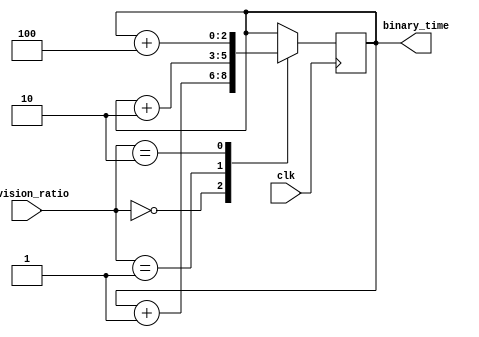
module binary_clock_divider (
    input wire clk,  // Clock input
    input wire [2:0] division_ratio,  // Input settings for division ratio
    output wire [2:0] binary_time  // Output to display binary representation of time
);

reg [2:0] counter;

always @ (posedge clk) begin
    case(division_ratio)
        3'b000: counter <= counter + 1;  // Divide by 2
        3'b001: counter <= counter + 2;  // Divide by 4
        3'b010: counter <= counter + 4;  // Divide by 8
        // Add additional cases for more division ratios
    endcase
end

assign binary_time = counter;

endmodule